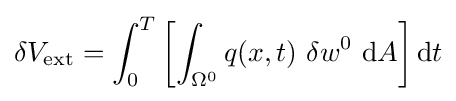
\delta V_{\mathrm {ext} }=\int _{0}^{T}\left[\int _{\Omega ^{0}}q(x,t)~\delta w^{0}~\mathrm {d} A\right]\mathrm {d} t